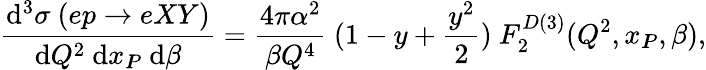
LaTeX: \frac{\mathrm{d}^{3}\sigma\ (ep\rightarrow eXY)}{\mathrm{d}Q^{2}\ \mathrm{d}x_{I\! \! P}\ \mathrm{d}\beta}=\frac{4\pi\alpha^{2}}{\beta Q^{4}}\ (1-y+\frac{y^{2}}{2})\ F_{2}^{D(3)}(Q^{2},x_{I\! \! P},\beta),